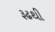
રૂઢથી